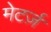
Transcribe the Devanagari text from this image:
मेटर्ज़